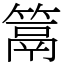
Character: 䈪